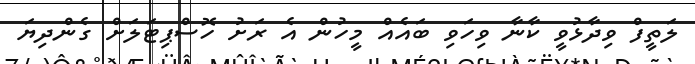
ލަތީފް ވިދާޅުވީ ކާނާ ވިހަވި ބައެއް މީހުން އެ ރަށު ހޮސްޕިޓަލަށް ގެންދިޔަ